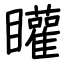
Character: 矔